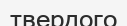
твердого